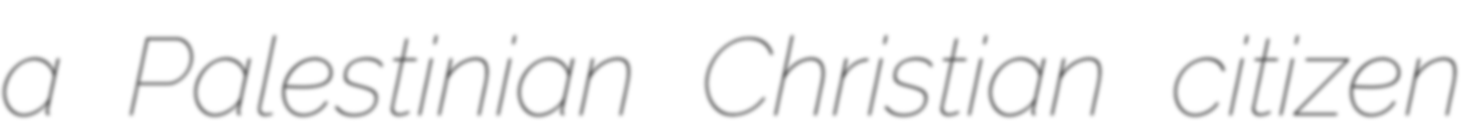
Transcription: a Palestinian Christian citizen